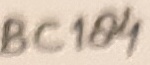
Text: BC184